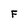
Character: F